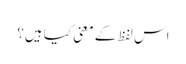
اس لفظ کے معنی کیا ہیں؟